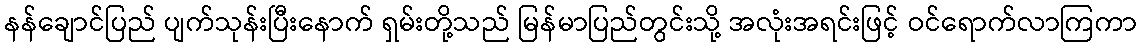
နန်ချောင်ပြည် ပျက်သုန်းပြီးနောက် ရှမ်းတို့သည် မြန်မာပြည်တွင်းသို့ အလုံးအရင်းဖြင့် ဝင်ရောက်လာကြကာ